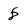
Character: 8